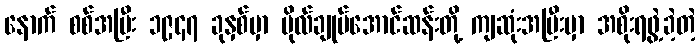
နောက် စစ်အပြီး ၁၉၄၇ ခုနှစ်မှာ ဗိုလ်ချုပ်အောင်ဆန်းတို့ ကျဆုံးအပြီးမှာ အစိုးရဖွဲ့ခဲ့တဲ့